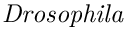
\it { D r o s o p h i l a }